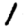
Digit: 1